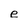
Character: e